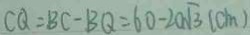
C Q = B C - B Q = 6 0 - 2 0 \sqrt { 3 } ( c m )